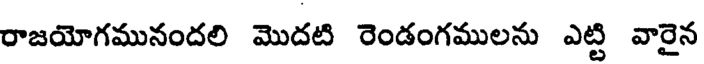
రాజయోగమునందలి మొదటి రెండంగములను ఎట్టి వారైన